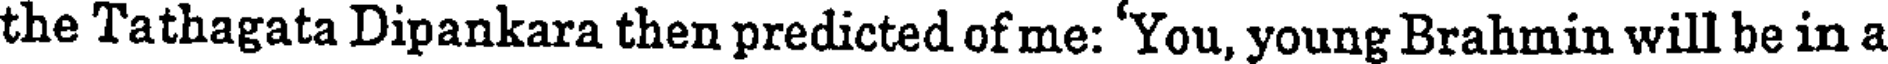
the Tathagata Dipankara then predicted of me: 'You, young Brahmin will be in a